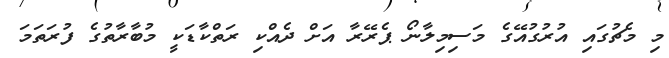
މި މެޗުގައި އުރުގުއޭގެ މަސިމިލާނޯ ޕެރޭރާ އަށް ދެއްކި ރަތްކާޑަކީ މުބާރާތުގެ ފުރަތަމަ